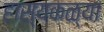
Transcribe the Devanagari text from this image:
हास्यकळ्या